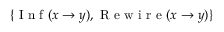
\{ \ensuremath { \mathrm { ~ I ~ n ~ f ~ } } ( x \to y ) , \ensuremath { \mathrm { ~ R ~ e ~ w ~ i ~ r ~ e ~ } } ( x \to y ) \}